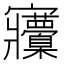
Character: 𡬒